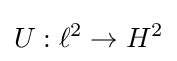
U:\ell ^{2}\to H^{2}